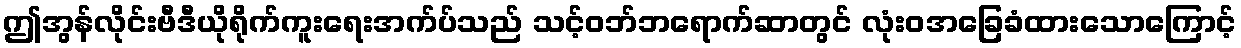
ဤအွန်လိုင်းဗီဒီယိုရိုက်ကူးရေးအက်ပ်သည် သင့်ဝဘ်ဘရောက်ဆာတွင် လုံးဝအခြေခံထားသောကြောင့်